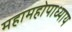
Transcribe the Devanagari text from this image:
महामहोपाध्‍याय